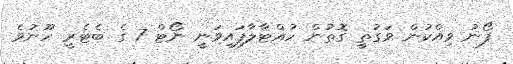
ފޯނު ވިއްކުން ވަގުތީ ގޮތުން ހުއްޓާލާފައިވަނީ ނޯޓް 7 ގެ ބެޓެރީ ހޫނުވެ